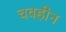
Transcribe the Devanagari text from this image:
चवहीन